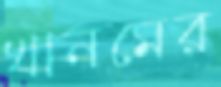
খানমের